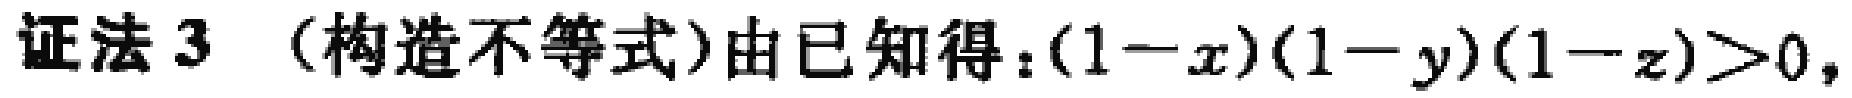
证法 3 （构造不等式）由已知得：\((1 - x)(1 - y)(1 - z) > 0\)，